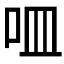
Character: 𠰘